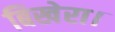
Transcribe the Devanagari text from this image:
बिखेरा।